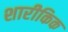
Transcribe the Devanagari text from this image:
शारीकिक